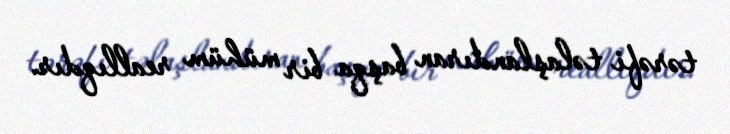
tərəfi təlaşlandıran başqa bir mühüm reallıqdır.